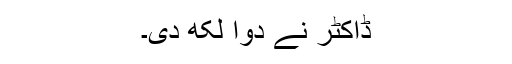
ڈاکٹر نے دوا لکھ دی۔